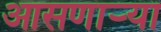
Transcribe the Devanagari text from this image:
आसणाऱ्या